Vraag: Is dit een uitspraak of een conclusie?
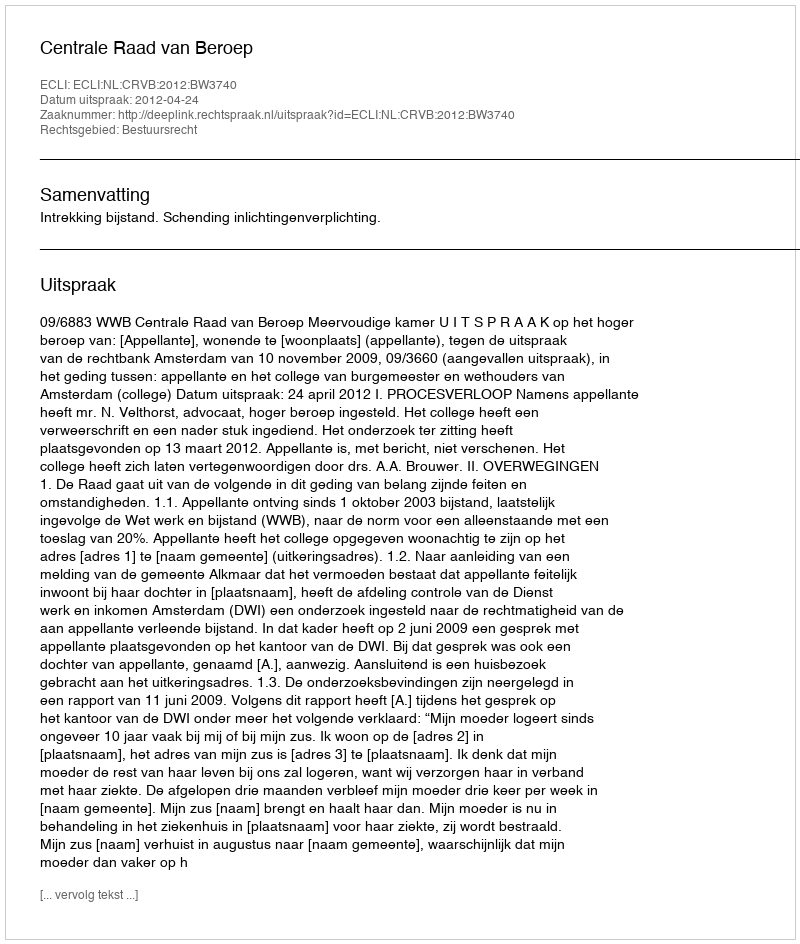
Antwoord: Uitspraak